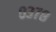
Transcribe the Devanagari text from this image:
०३७८